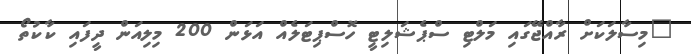
"މިސާލަކަށް ރާއްޖޭގައި މަލްޓި ސްޕެޝަލިޓީ ހޮސްޕިޓަލެއް އަޅަން 200 މިލިއަން ދީފައި ކާކުތޯ